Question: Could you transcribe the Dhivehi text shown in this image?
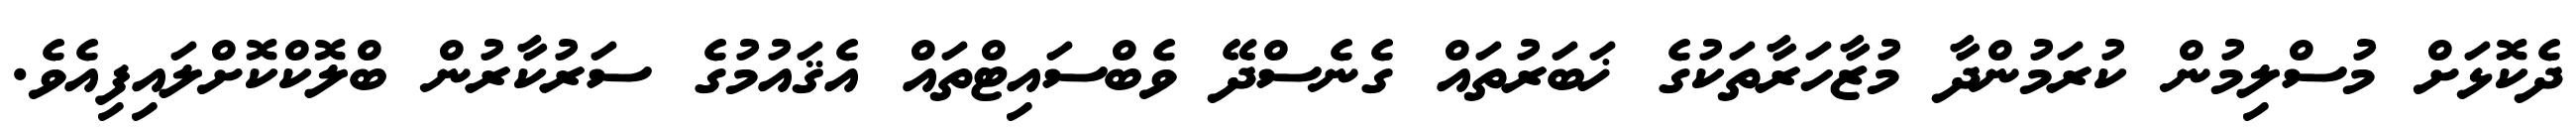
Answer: ދެކޮޅަށް މުސްލިމުން ކުރަމުންދާ މުޒާހަރާތަކުގެ ޚަބަރުތައް ގެނެސްދޭ ވެބްސައިޓްތައް އެޤައުމުގެ ސަރުކާރުން ބްލޮކްކޮށްލައިފިއެވެ.